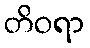
တိဝရာ